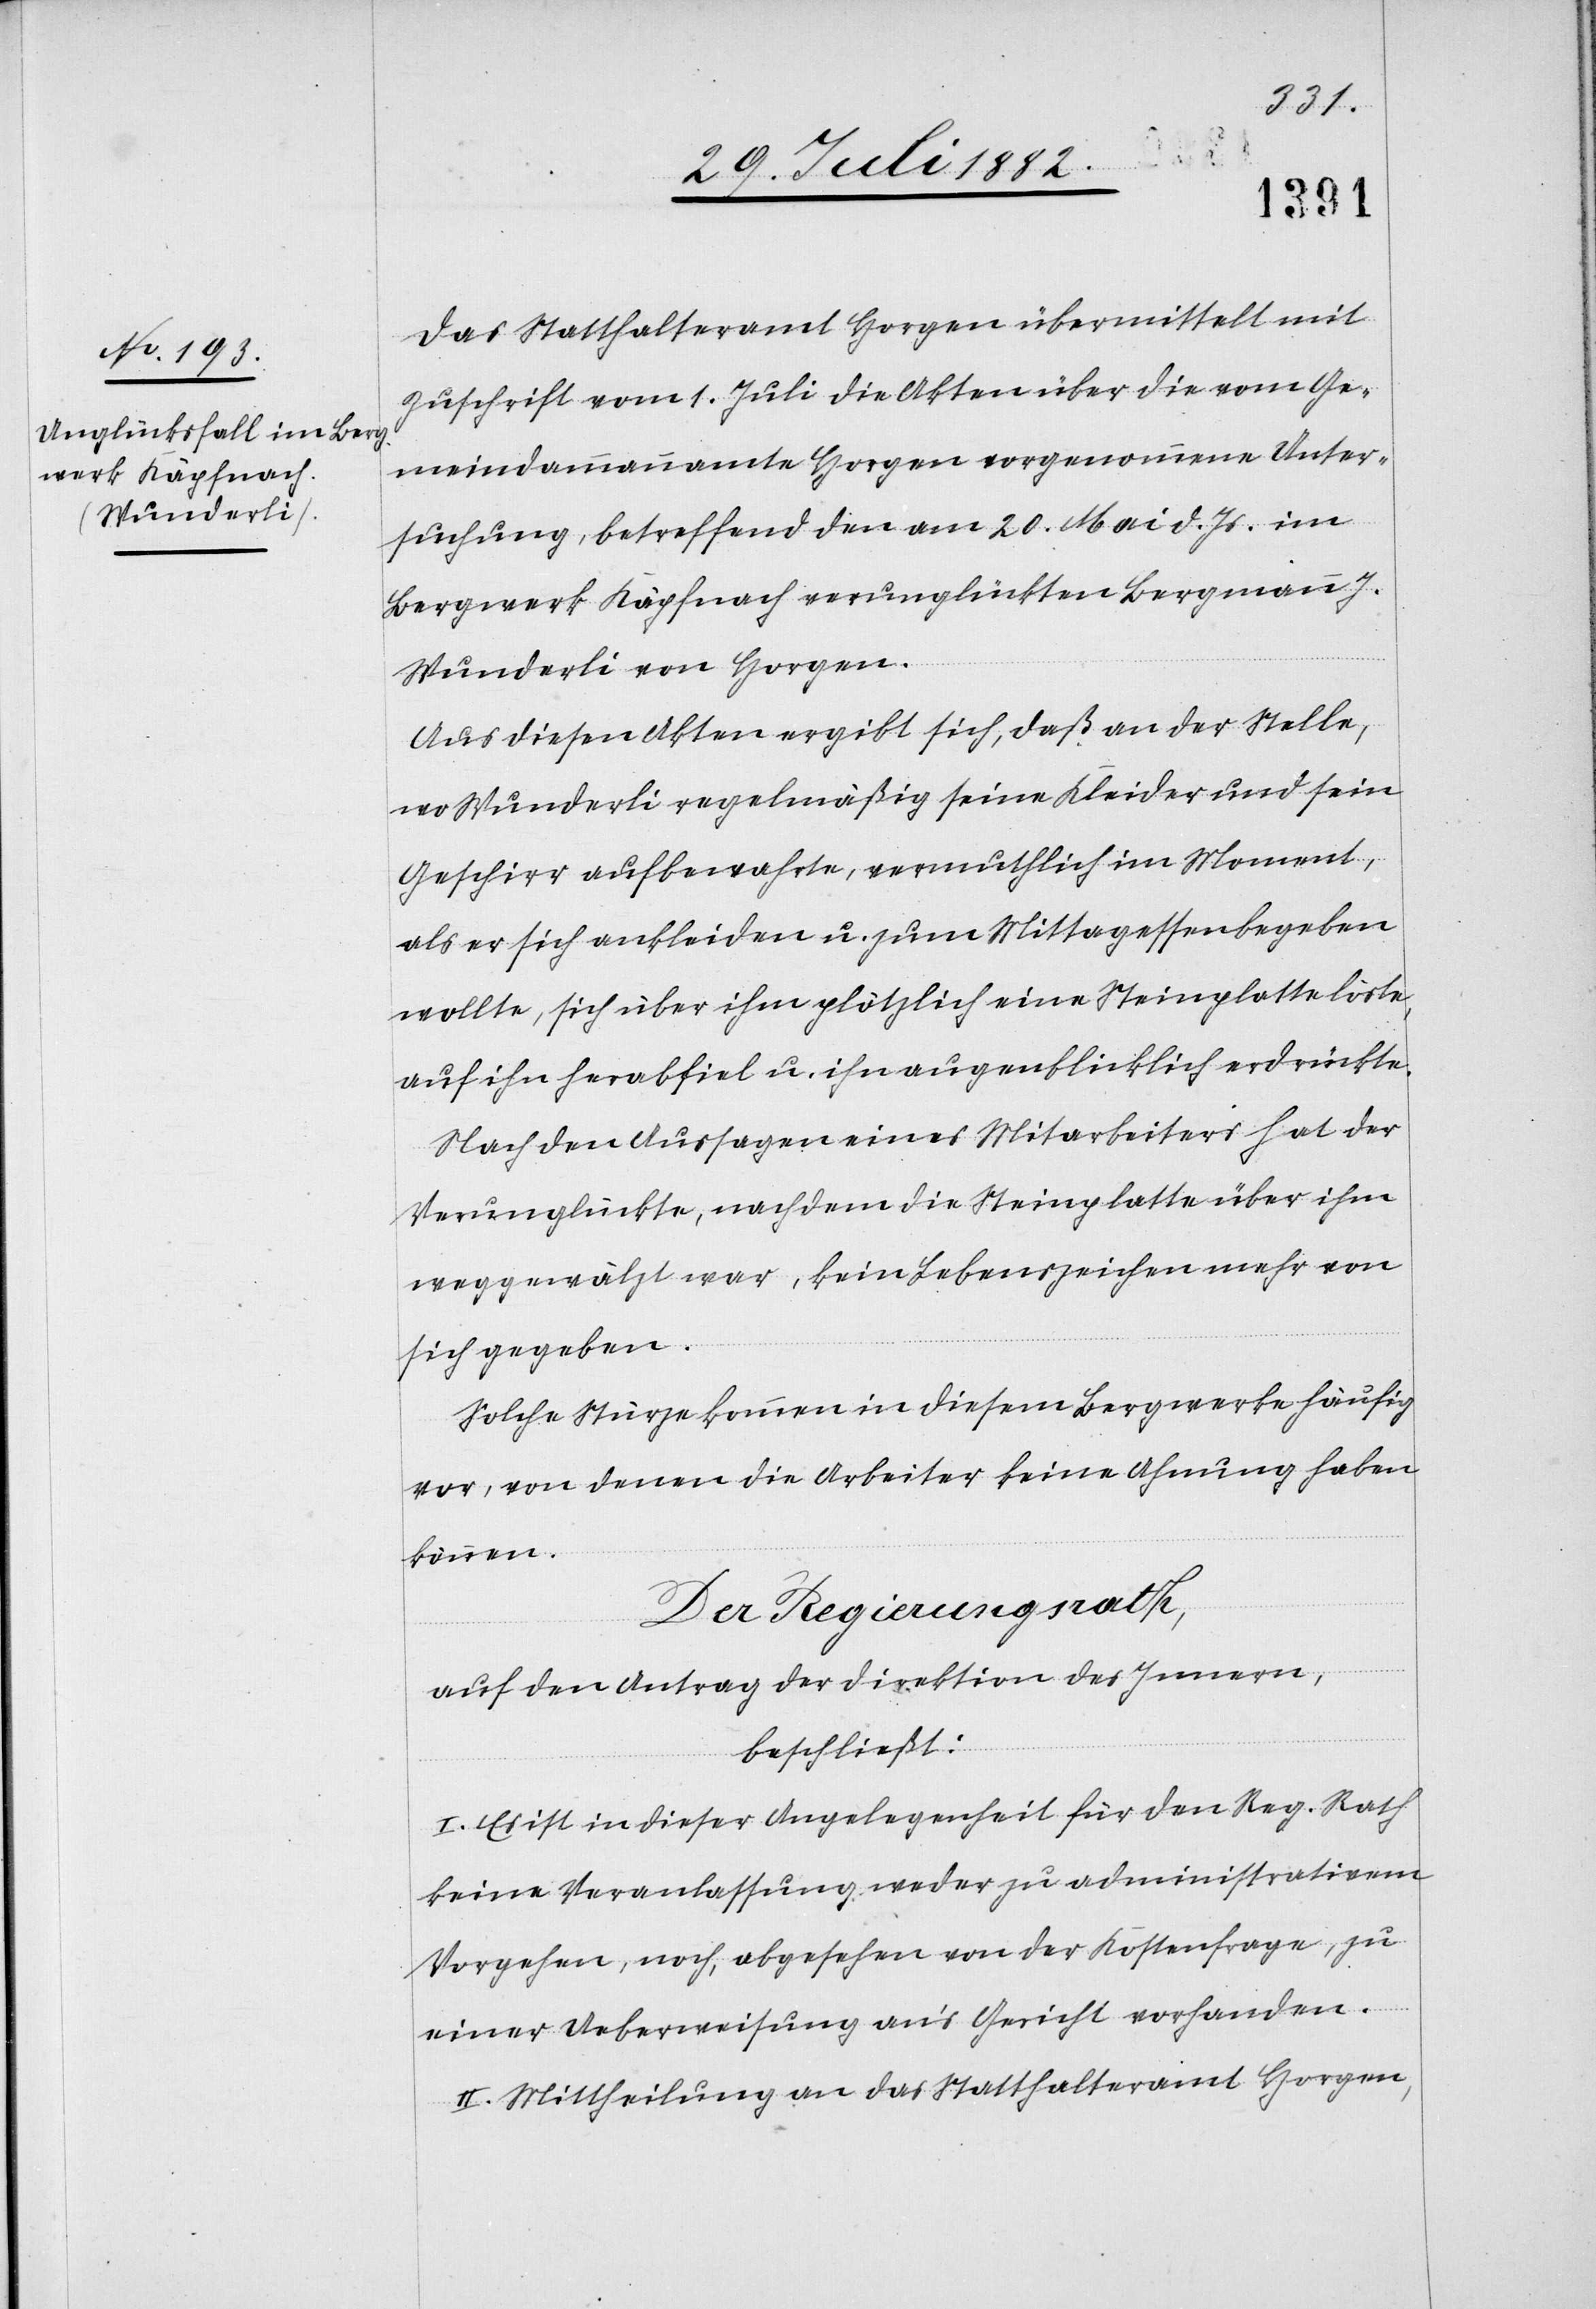
Das Statthalteramt Horgen übermittelt mit
Zuschrift vom 1. Juli die Akten über die vom Ge¬
meindammannamte Horgen vorgenommene Unter¬
suchung, betreffend den am 20. Mai d. Js. im
Bergwerk Käpfnach verunglückten Bergmann J.
Wunderli von Horgen.
Aus diesen Akten ergibt sich, daß an der Stelle,
wo Wunderli regelmäßig seine Kleider und sein
Geschirr aufbewahrte, vermutlich im Moment,
als er sich ankleiden u. zum Mittagessen begeben
wollte, sich über ihm plötzlich eine Steinplatte löste,
auf ihn herabfiel u. ihn augenblicklich erdrückte.
Nach den Aussagen eines Mitarbeiters hat der
Verunglückte, nachdem die Steinplatte über ihn
weggewälzt war, kein Lebenszeichen mehr von
sich gegeben.
Solche Stürze kommen in diesem Bergwerk häufig
vor, von denen die Arbeiter keine Ahnung haben
können.
Der Regierungsrath,
auf den Antrag der Direktion des Innern,
beschließt:
I. Es ist in dieser Angelegenheit für den Reg. Rath
keine Veranlassung, weder zu administrativem
Vorgehen, noch, abgesehen von der Kostenfrage, zu
einer Uebrweisung an’s Gericht vorhanden.
II. Mittheilung an das Statthalteramt Horgen,